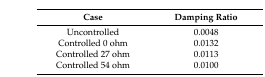
<table><thead><tr><td><b>Case</b></td><td><b>Damping Ratio</b></td></tr></thead><tbody><tr><td>Uncontrolled</td><td>0.0048</td></tr><tr><td>Controlled 0 ohm</td><td>0.0132</td></tr><tr><td>Controlled 27 ohm</td><td>0.0113</td></tr><tr><td>Controlled 54 ohm</td><td>0.0100</td></tr></tbody></table>